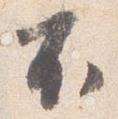
不